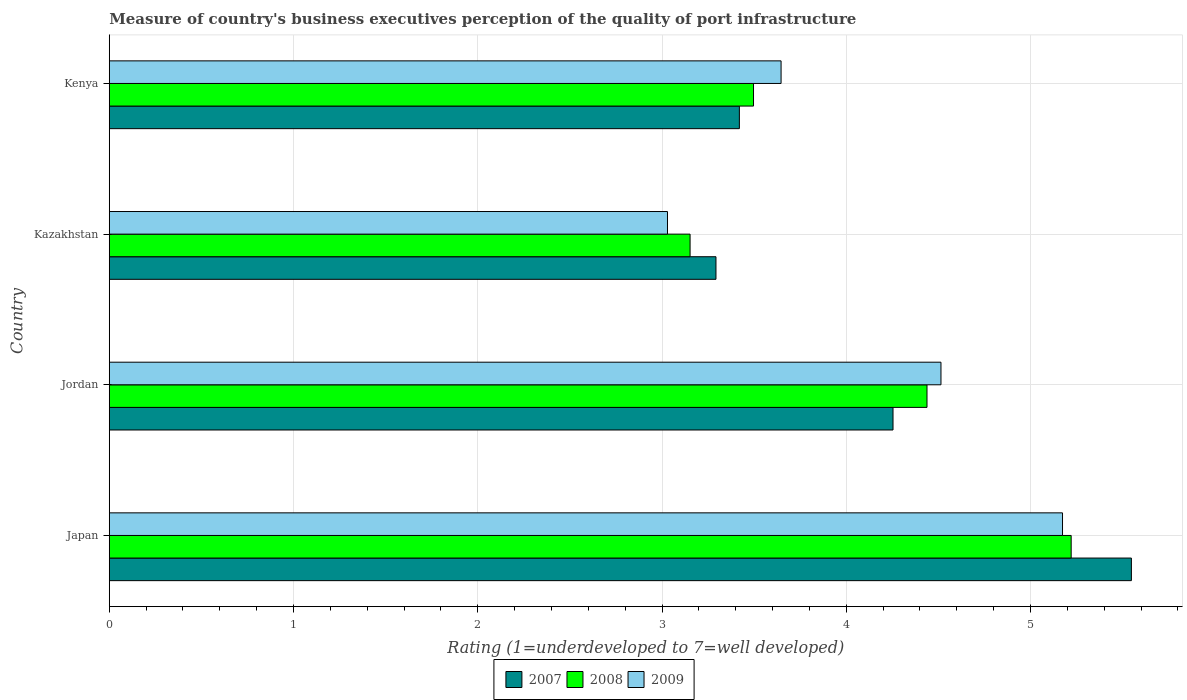
| Country | 2007 | 2008 | 2009 |
 | --- | --- | --- | --- |
 | Japan | 5.55 | 5.22 | 5.17 |
 | Jordan | 4.25 | 4.44 | 4.51 |
 | Kazakhstan | 3.29 | 3.15 | 3.03 |
 | Kenya | 3.42 | 3.5 | 3.65 |